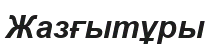
Жазғытұры